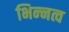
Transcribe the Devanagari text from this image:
भिन्‍नत्व